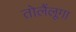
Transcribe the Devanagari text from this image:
तोलैंलूगा